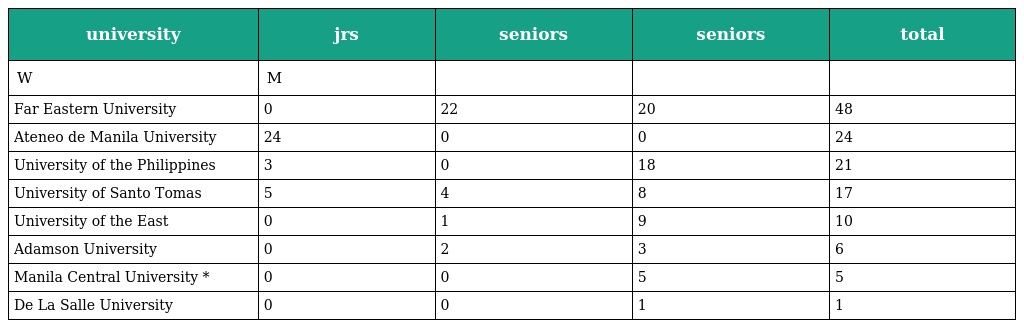
| university | jrs | seniors | seniors | total |
 | --- | --- | --- | --- | --- |
 | W | M |  |  |  |
 | Far Eastern University | 0 | 22 | 20 | 48 |
 | Ateneo de Manila University | 24 | 0 | 0 | 24 |
 | University of the Philippines | 3 | 0 | 18 | 21 |
 | University of Santo Tomas | 5 | 4 | 8 | 17 |
 | University of the East | 0 | 1 | 9 | 10 |
 | Adamson University | 0 | 2 | 3 | 6 |
 | Manila Central University * | 0 | 0 | 5 | 5 |
 | De La Salle University | 0 | 0 | 1 | 1 |